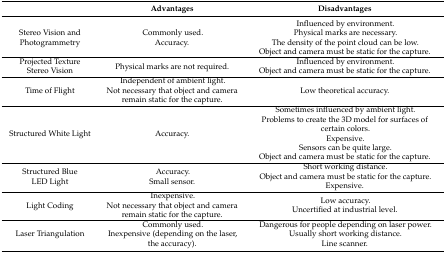
<table><thead><tr><td></td><td><b>Advantages</b></td><td><b>Disadvantages</b></td></tr></thead><tbody><tr><td>Stereo Vision and Photogrammetry</td><td>Commonly used.Accuracy.</td><td>Influenced by environment.Physical marks are necessary.The density of the point cloud can be low.Object and camera must be static for the capture.</td></tr><tr><td>Projected Texture Stereo Vision</td><td>Physical marks are not required.</td><td>Influenced by environment.Object and camera must be static for the capture.</td></tr><tr><td>Time of Flight</td><td>Independent of ambient light.Not necessary that object and camera remain static for the capture.</td><td>Low theoretical accuracy.</td></tr><tr><td>Structured White Light</td><td>Accuracy.</td><td>Sometimes influenced by ambient light.Problems to create the 3D model for surfaces of certain colors.Expensive.Sensors can be quite large.Object and camera must be static for the capture.</td></tr><tr><td>Structured Blue LED Light</td><td>Accuracy.Small sensor.</td><td>Short working distance.Object and camera must be static for the capture.Expensive.</td></tr><tr><td>Light Coding</td><td>Inexpensive.Not necessary that object and camera remain static for the capture.</td><td>Low accuracy.Uncertified at industrial level.</td></tr><tr><td>Laser Triangulation</td><td>Commonly used.Inexpensive (depending on the laser, the accuracy).</td><td>Dangerous for people depending on laser power.Usually short working distance.Line scanner.</td></tr></tbody></table>